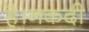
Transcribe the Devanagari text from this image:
है।नकदी